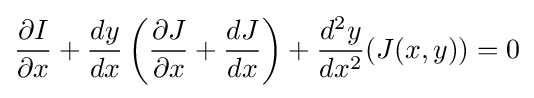
{\partial I \over \partial x}+{dy \over dx}\left({\partial J \over \partial x}+{dJ \over dx}\right)+{d^{2}y \over dx^{2}}(J(x,y))=0